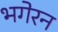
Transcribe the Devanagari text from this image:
भगेरन